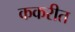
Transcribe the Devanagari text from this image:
ककरीत